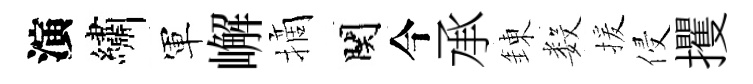
演繡軍嶰摘関今承錬数援侵攫